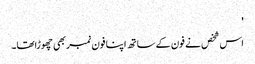
'
اس شخص نے فون کے ساتھ اپنا فون نمبر بھی چھوڑاتھا۔